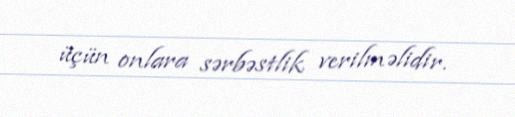
üçün onlara sərbəstlik verilməlidir.